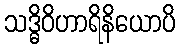
သဒ္ဓိဝိဟာရိနိယောပိ